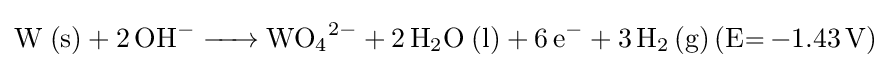
{\ce {W (s) + 2OH- -> WO4^2- + 2H2O (l) + 6e- + 3H2 (g) (E= -1.43V)}}